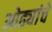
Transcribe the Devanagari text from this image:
ओढ्यांचे